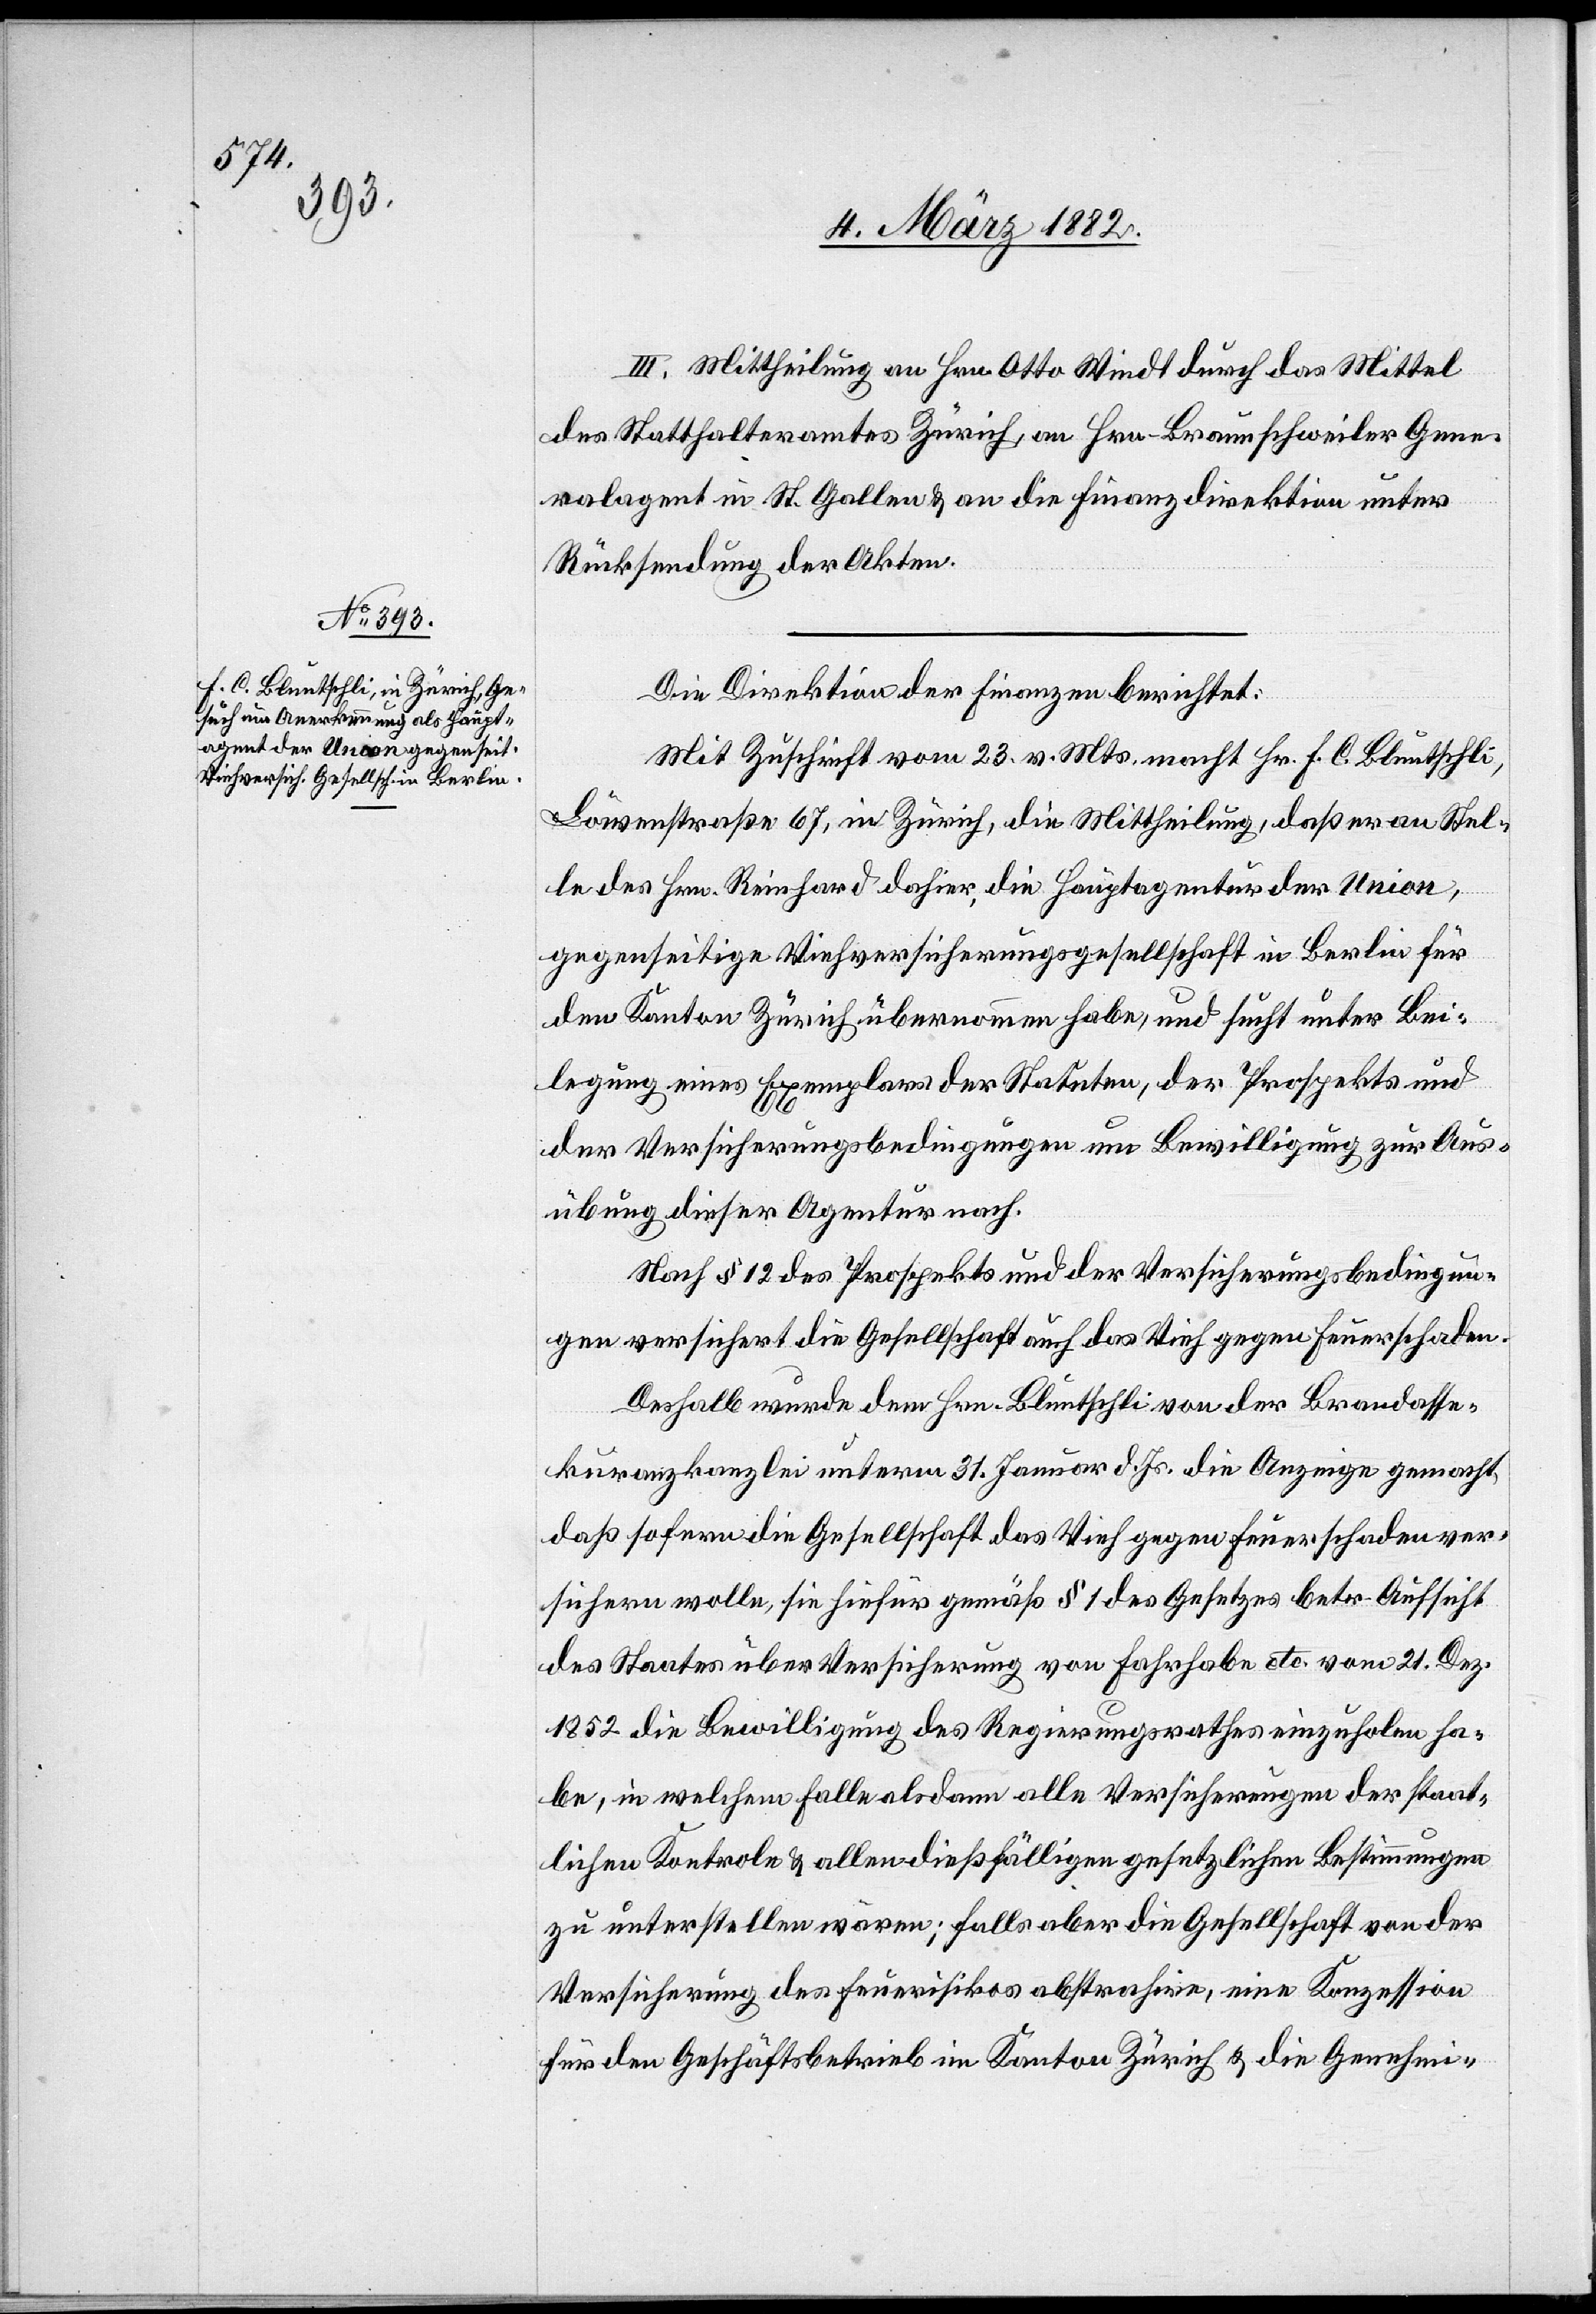
III. Mittheilung an Hrn. Otto Windt durch das Mittel
des Statthalteramtes Zürich, an Hrn. Braunschweiler Gene¬
ralagent in St. Gallen & an die Finanzdirektion unter
Rücksendung der Akten.
Die Direktion der Finanzen berichtet:
Mit Zuschrift vom 23. v. Mts. macht Hr. F. C. Bluntschli,
Löwenstraße 67, in Zürich, die Mittheilung, daß er an Stel¬
le des Hrn. Reinhard dahier, die Hauptagentur der Union,
gegenseitige Viehversicherungsgesellschaft in Berlin für
den Kanton Zürich übernommen habe, und sucht unter Bei¬
legung eines Exemplars der Statuten, des Prospekts und
der Versicherungsbedingungen um Bewilligung zur Aus¬
übung dieser Agentur nach.
Nach § 12 des Prospekts und der Versicherungsbedingun¬
gen versichert die Gesellschaft auch das Vieh gegen Feuerschaden.
Deshalb wurde dem Hrn. Bluntschli von der Brandasse¬
kuranzkanzlei unterm 31. Januar d. Js. die Anzeige gemacht,
daß sofern die Gesellschaft das Vieh gegen Feuerschaden ver¬
sichern wolle, sie hiefür gemäß § 1 des Gesetzes betr. Aufsicht
des Staates über Versicherung von Fahrhabe etc. vom 21. Dez.
1852 die Bewilligung des Regierungsrathes einzuholen ha¬
ben, in welchem Falle als dann alle Versicherungen der staat¬
lichen Kontrole & allen dießfälligen gesetzlichen Bestimmungen
zu unterstellen wären; falls aber die Gesellschaft von der
Versicherung des Feuerrisikos abstrahire, eine Konzession
für den Geschäftsbetrieb im Kanton Zürich & die Genehmi-